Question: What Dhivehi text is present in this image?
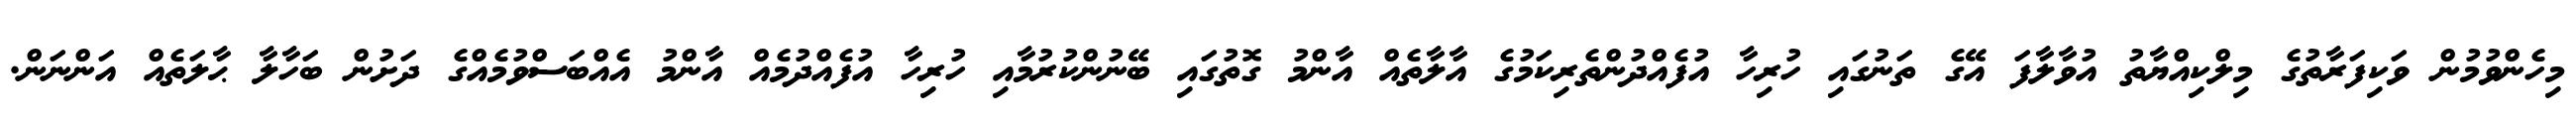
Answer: މިހެންވުމުން ވަކިފަރާތުގެ މިލްކިއްޔާތު އުވާލާފަ އޭގެ ތަނުގައި ހުރިހާ އުފެއްދުންތެރިކަމުގެ އާލާތެއް އާންމު ގޮތުގައި ބޭނުންކުރުމާއި ހުރިހާ އުފެއްދުމެއް އާންމު އެއްބަސްވުމެއްގެ ދަށުން ބަހާލާ ޙާލަތެއް އަންނަން.